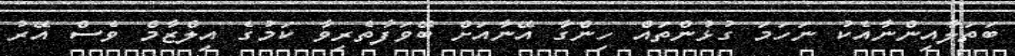
ބަތަލާއިންނާއެކު ނަހަމަ ގުޅުންތައް ހިންގާ އޭނާއަށް ބޭވަފާތެރިވާ ކަމުގެ އިލްޒާމް ވެސް އޭރު